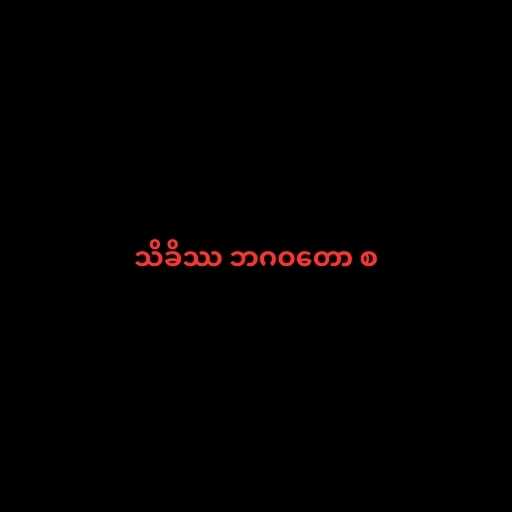
သိခိဿ ဘဂဝတော စ